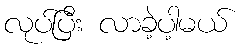
လုပ်ပြီး လာခဲ့ပါ့မယ်